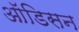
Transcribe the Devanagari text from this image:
ऑडिसन